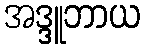
အဒ္ဒူဘာယ